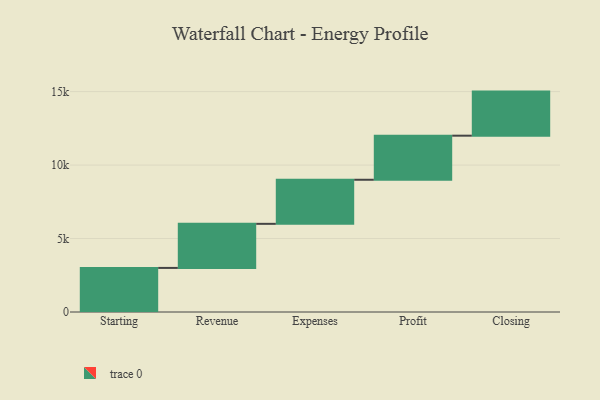
{"axis": {"x": "Step", "y": "Value"}, "legend": [""], "data": [{"x": "Starting", "y": 3000, "type": ""}, {"x": "Revenue", "y": 3000, "type": ""}, {"x": "Expenses", "y": 3000, "type": ""}, {"x": "Profit", "y": 3000, "type": ""}, {"x": "Closing", "y": 3000, "type": ""}]}